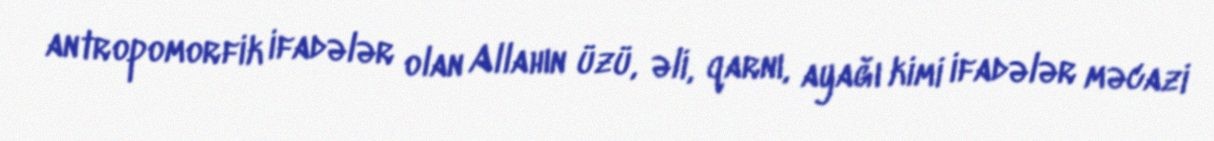
antropomorfik ifadələr olan Allahın üzü, əli, qarnı, ayağı kimi ifadələr məcazi